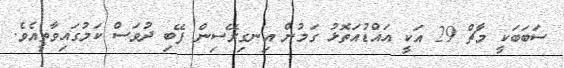
ސަބަބަކީ މާޗް 29 އަކީ އައްޑުއަތޮޅު ގަމުން އިނގިރޭސިން ފޭބި ދުވަސް ކަމުގައިވާތީއެވެ.